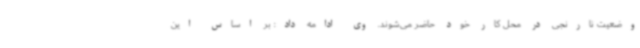
وضعیت نارنجی در محل کار خود حاضر می‌شوند. وی ادامه داد: بر اساس این